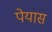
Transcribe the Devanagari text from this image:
पेयास